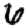
Digit: 6